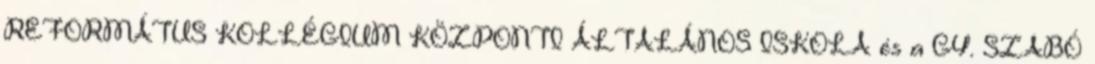
REFORMÁTUS KOLLÉGIUM KÖZPONTI ÁLTALÁNOS ISKOLA és a GY. SZABÓ